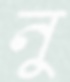
নু